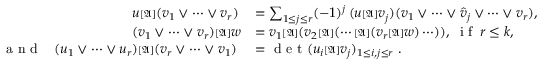
\begin{array} { r l } { \boldsymbol { u } { \scriptstyle { [ \mathfrak { A } ] } } ( \boldsymbol { v } _ { 1 } \vee \dots \vee \boldsymbol { v } _ { r } ) \, } & { = \sum _ { 1 \leq j \leq r } ( - 1 ) ^ { j } \, ( \boldsymbol { u } { \scriptstyle { [ \mathfrak { A } ] } } \boldsymbol { v } _ { j } ) ( \boldsymbol { v } _ { 1 } \vee \dots \vee \widehat { \boldsymbol { v } } _ { j } \vee \cdots \vee \boldsymbol { v } _ { r } ) , } \\ { ( \boldsymbol { v } _ { 1 } \vee \dots \vee \boldsymbol { v } _ { r } ) { \scriptstyle { [ \mathfrak { A } ] } } \boldsymbol { w } } & { = \boldsymbol { v } _ { 1 } { \scriptstyle { [ \mathfrak { A } ] } } ( \boldsymbol { v } _ { 2 } { \scriptstyle { [ \mathfrak { A } ] } } ( \cdots { \scriptstyle { [ \mathfrak { A } ] } } ( \boldsymbol { v } _ { r } { \scriptstyle { [ \mathfrak { A } ] } } \boldsymbol { w } ) \cdots ) ) , \; \textrm { i f } \, r \leq k , } \\ { \textrm { a n d } \; \; \; ( \boldsymbol { u } _ { 1 } \vee \dots \vee \boldsymbol { u } _ { r } ) { \scriptstyle { [ \mathfrak { A } ] } } ( \boldsymbol { v } _ { r } \vee \dots \vee \boldsymbol { v } _ { 1 } ) \; } & { = \textrm { d e t } ( \boldsymbol { u } _ { i } { \scriptstyle { [ \mathfrak { A } ] } } \boldsymbol { v } _ { j } ) _ { 1 \leq i , j \leq r } \; . } \end{array}